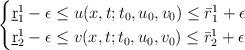
LaTeX: \begin{align*}\begin{cases}\underbar r_1^1 -\epsilon \le u(x,t;t_0,u_0,v_0) \le \bar r_1^1+\epsilon\cr\underbar r_2^1 -\epsilon \le v(x,t;t_0,u_0,v_0) \le \bar r_2^1+\epsilon\end{cases}\end{align*}